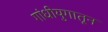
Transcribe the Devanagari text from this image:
गांधीयुगातून